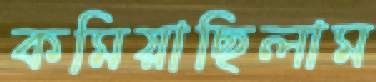
কমিয়াছিলাম